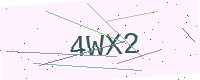
Text: 4WX2